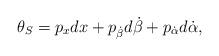
LaTeX: \begin{align*}\theta _{S}= p_{x} dx +p_{\dot{\beta}}d\dot{\beta} +p_{\dot{\alpha}}d\dot{\alpha}, \end{align*}